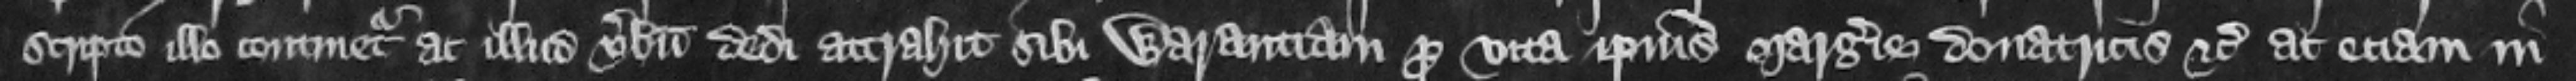
scripto illo continetur ac illud verbum dedi attrahit sibi warantiam pro vita ipsius Margerie donatricis etc. ac eciam in